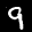
Label: 9